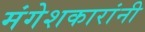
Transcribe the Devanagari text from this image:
मंगेशकारांनी